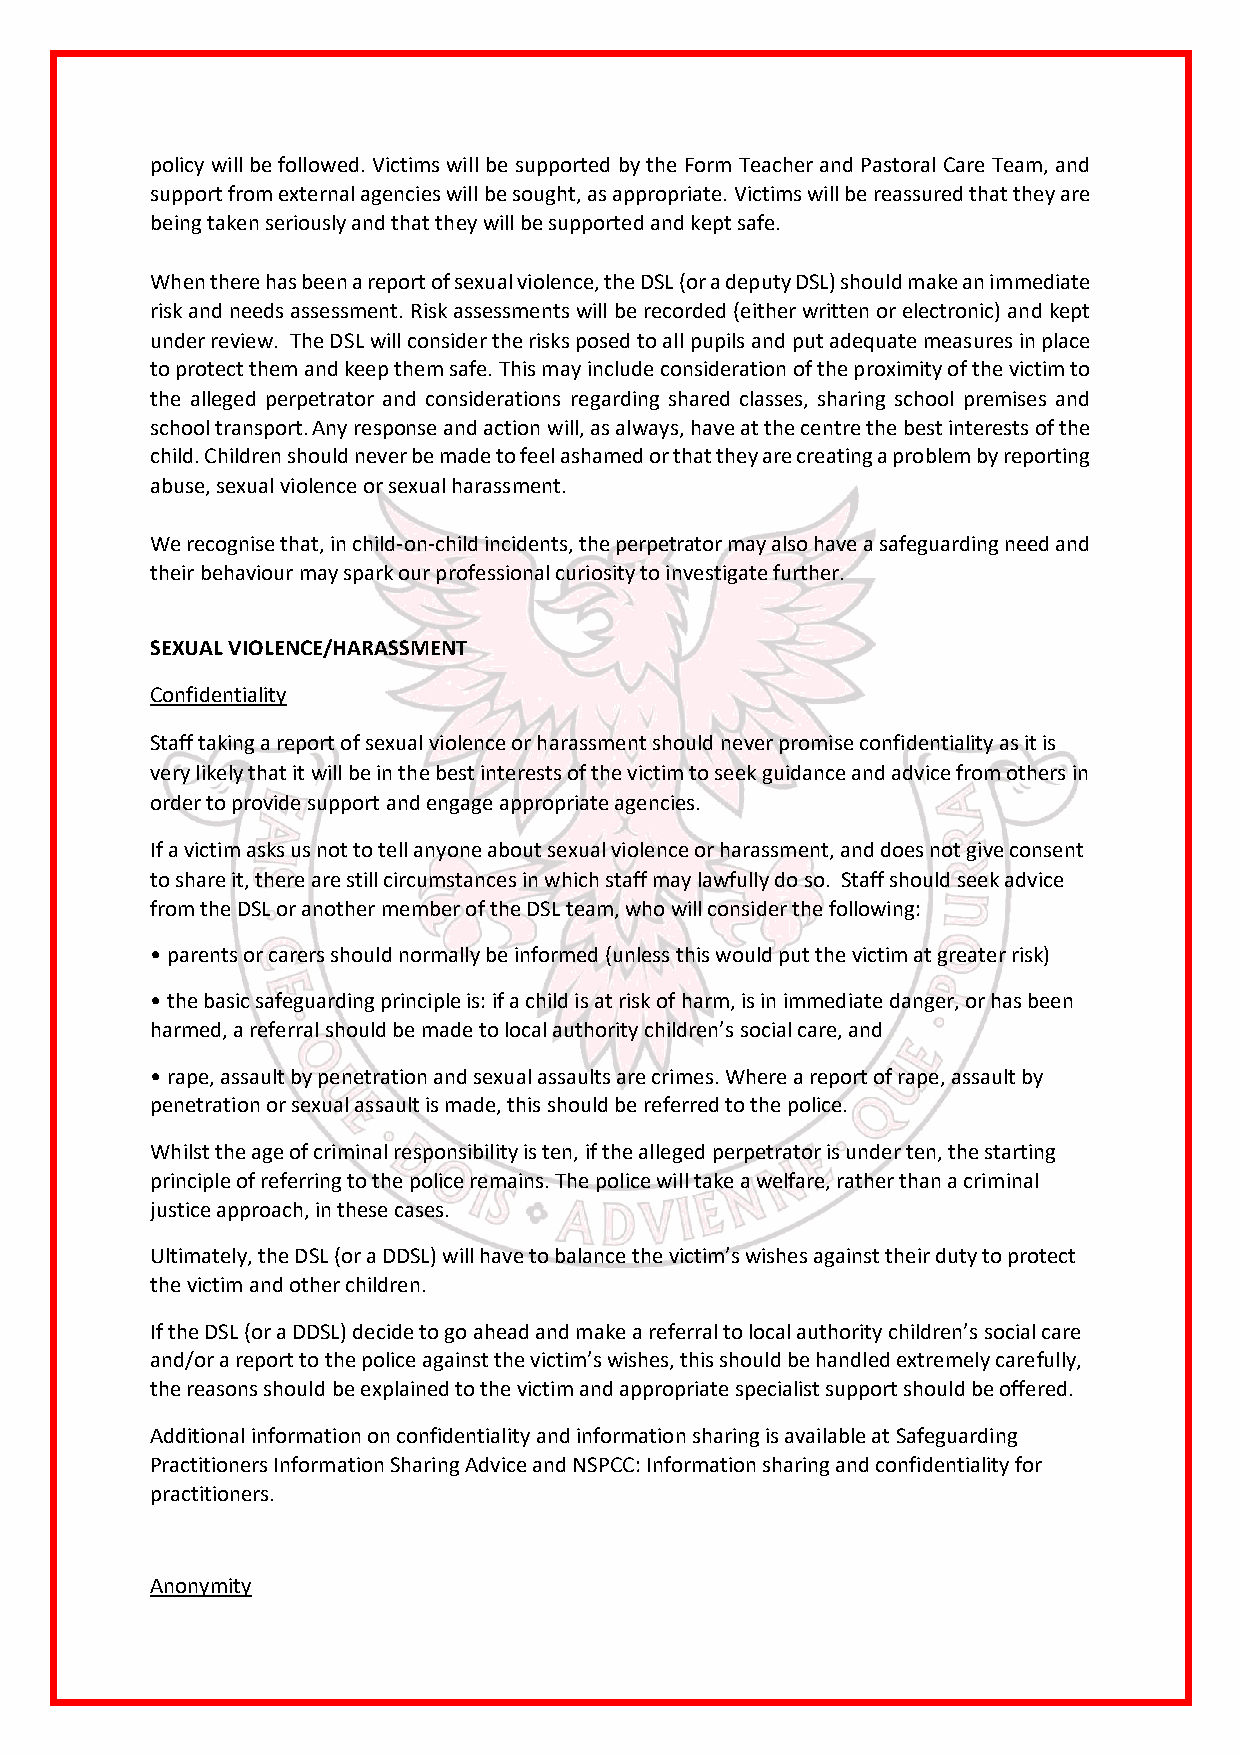
policy will be followed. Victims will be supported by the Form Teacher and Pastoral Care Team, and
 support from external agencies will be sought, as appropriate. Victims will be reassured that they are
 being taken seriously and that they will be supported and kept safe.
 When there has been a report of sexual violence, the DSL (or a deputy DSL) should make an immediate
 risk and needs assessment. Risk assessments will be recorded (either written or electronic) and kept
 under review. The DSL will consider the risks posed to all pupils and put adequate measures in place
 to protect them and keep them safe. This may include consideration of the proximity of the victim to
 the alleged perpetrator and considerations regarding shared classes, sharing school premises and
 school transport. Any response and action will, as always, have at the centre the best interests of the
 child. Children should never be made to feel ashamed or that they are creating a problem by reporting
 abuse, sexual violence or sexual harassment.
 We recognise that, in child-on-child incidents, the perpetrator may also have a safeguarding need and
 their behaviour may spark our professional curiosity to investigate further.
 SEXUAL VIOLENCE/HARASSMENT
 Confidentiality
 Staff taking a report of sexual violence or harassment should never promise confidentiality as it is
 very likely that it will be in the best interests of the victim to seek guidance and advice from others in
 order to provide support and engage appropriate agencies.
 If a victim asks us not to tell anyone about sexual violence or harassment, and does not give consent
 to share it, there are still circumstances in which staff may lawfully do so. Staff should seek advice
 from the DSL or another member of the DSL team, who will consider the following:
 • parents or carers should normally be informed (unless this would put the victim at greater risk)
 • the basic safeguarding principle is: if a child is at risk of harm, is in immediate danger, or has been
 harmed, a referral should be made to local authority children’s social care, and
 • rape, assault by penetration and sexual assaults are crimes. Where a report of rape, assault by
 penetration or sexual assault is made, this should be referred to the police.
 Whilst the age of criminal responsibility is ten, if the alleged perpetrator is under ten, the starting
 principle of referring to the police remains. The police will take a welfare, rather than a criminal
 justice approach, in these cases.
 Ultimately, the DSL (or a DDSL) will have to balance the victim’s wishes against their duty to protect
 the victim and other children.
 If the DSL (or a DDSL) decide to go ahead and make a referral to local authority children’s social care
 and/or a report to the police against the victim’s wishes, this should be handled extremely carefully,
 the reasons should be explained to the victim and appropriate specialist support should be offered.
 Additional information on confidentiality and information sharing is available at Safeguarding
 Practitioners Information Sharing Advice and NSPCC: Information sharing and confidentiality for
 practitioners.
 Anonymity